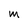
Character: M